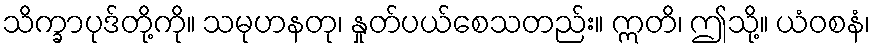
သိက္ခာပုဒ်တို့ကို။ သမုဟနတု၊ နှုတ်ပယ်စေသတည်း။ ဣတိ၊ ဤသို့။ ယံဝစနံ၊